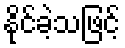
နိုင်ခဲ့သဖြင့်